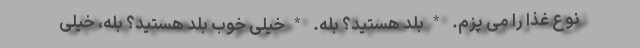
نوع غذا را می پزم. *بلد هستید؟ بله. *خیلی خوب بلد هستید؟ بله، خیلی